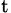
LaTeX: _\mathrm{t}